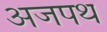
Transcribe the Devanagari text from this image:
अजपथ